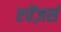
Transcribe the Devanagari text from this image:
एवेंज़र्स